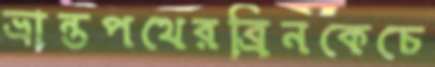
ভ্রান্তপথেরব্রিনকেচে